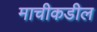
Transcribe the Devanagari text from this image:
माचीकडील